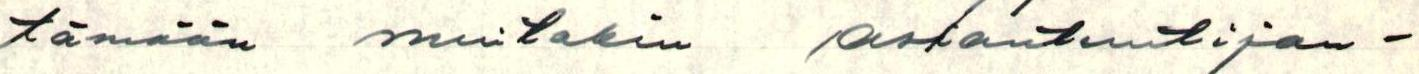
tämään muitakin asiantuntijan-